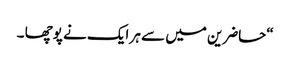
“حاضرین میں سے ہر ایک نے پوچھا ۔